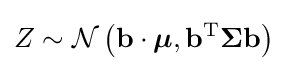
Z\sim {\mathcal {N}}\left(\mathbf {b} \cdot {\boldsymbol {\mu }},\mathbf {b} ^{\rm {T}}{\boldsymbol {\Sigma }}\mathbf {b} \right)